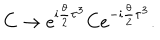
LaTeX: C \rightarrow e ^ { \mathrm { i } { \frac { \theta } { 2 } } \tau ^ { 3 } } C e ^ { - \mathrm { i } { \frac { \theta } { 2 } } \tau ^ { 3 } } .